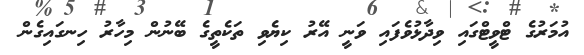
އުމަރުގެ ޓްވީޓްގައި ވިދާޅުވެފައި ވަނީ އޭރު ކިޔެވި ތަކެތީގެ ބޭނުން މިހާރު ހިނގައިގެން